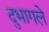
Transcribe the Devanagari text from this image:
दुभागले